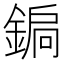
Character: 𨩮